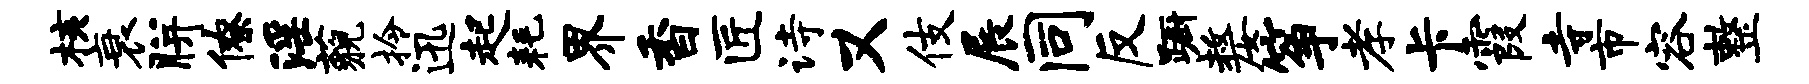
核衰胼僚淫藐拎迅起耗界香匠诗又伎展同反蹰嫠筝孝卡霞寺市容整